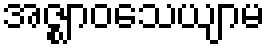
အဇ္ဈာဝသေယျာမ